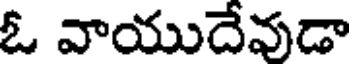
ఓ వాయుదేవుడా